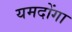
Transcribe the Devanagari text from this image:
यमदोंगा